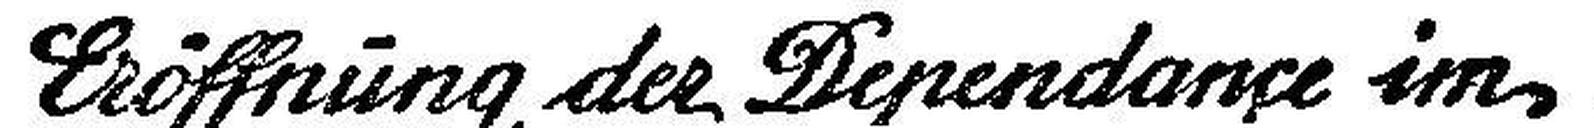
Eröffnung der Dependance im